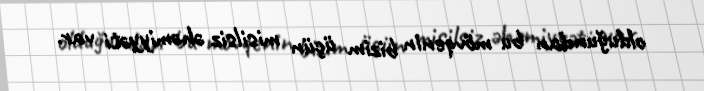
olduğundan bu mövqenin bizim üçün misilsiz əhəmiyyəti var.